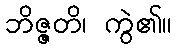
ဘိဇ္ဇတိ၊ ကွဲ၏။